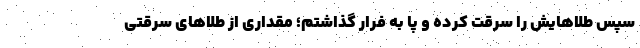
سپس طلاهایش را سرقت کرده و پا به فرار گذاشتم؛ مقداری از طلا‌های سرقتی